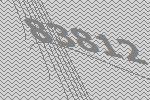
83812